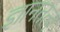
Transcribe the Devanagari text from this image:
ज्ञानतत्व